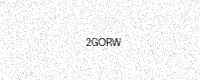
Text: 2GORW